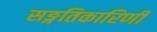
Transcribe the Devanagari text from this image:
सङ्गतिकारिणी